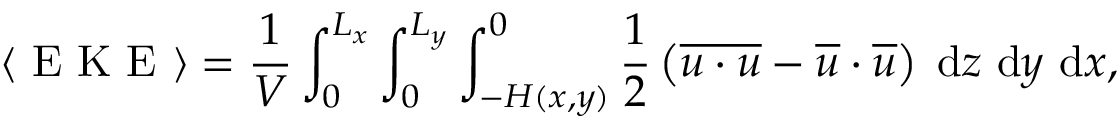
\langle \mathrm { ~ E ~ K ~ E ~ } \rangle = \frac { 1 } { V } \int _ { 0 } ^ { L _ { x } } \int _ { 0 } ^ { L _ { y } } \int _ { - H ( x , y ) } ^ { 0 } \frac { 1 } { 2 } \left( \overline { { \boldsymbol { u } \cdot \boldsymbol { u } } } - \overline { { \boldsymbol { u } } } \cdot \overline { { \boldsymbol { u } } } \right) \; \mathrm { d } z \ \mathrm { d } y \ \mathrm { d } x ,